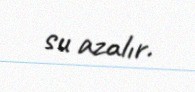
su azalır.